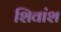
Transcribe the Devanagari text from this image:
शिवांश